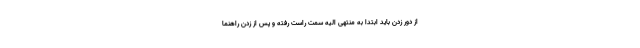
از دور زدن باید ابتدا به منتهی الیه سمت راست رفته و پس از زدن راهنما